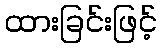
ထားခြင်းဖြင့်